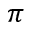
\pi